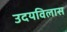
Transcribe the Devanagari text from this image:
उदयविलास